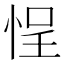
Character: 悜